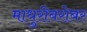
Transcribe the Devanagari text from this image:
माधुरीबरोबर